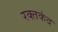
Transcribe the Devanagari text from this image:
रक्तकंद